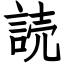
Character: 読